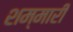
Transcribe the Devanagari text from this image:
शम्मारी